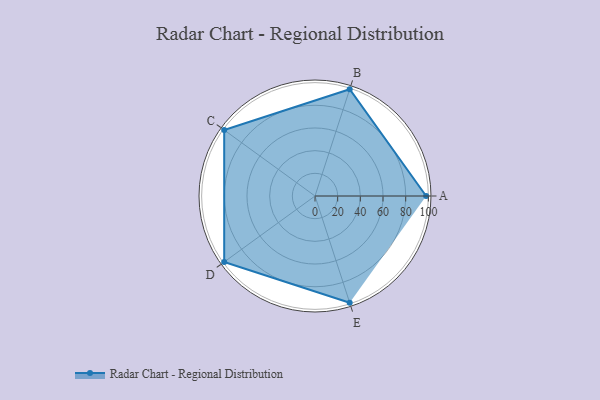
{"axis": {"x": "Skill", "y": "Score"}, "legend": ["Profile"], "data": [{"x": "A", "y": 98.0, "type": "Profile"}, {"x": "B", "y": 99, "type": "Profile"}, {"x": "C", "y": 99, "type": "Profile"}, {"x": "D", "y": 99, "type": "Profile"}, {"x": "E", "y": 99, "type": "Profile"}]}